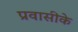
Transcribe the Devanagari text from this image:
प्रवासीके